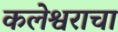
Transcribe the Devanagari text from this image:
कलेश्वराचा